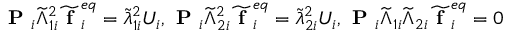
\textbf { P } _ { i } \widetilde { \Lambda } _ { 1 i } ^ { 2 } \widetilde { \textbf { f } } _ { i } ^ { e q } = \widetilde { \lambda } _ { 1 i } ^ { 2 } U _ { i } , \textbf { P } _ { i } \widetilde { \Lambda } _ { 2 i } ^ { 2 } \widetilde { \textbf { f } } _ { i } ^ { e q } = \widetilde { \lambda } _ { 2 i } ^ { 2 } U _ { i } , \textbf { P } _ { i } \widetilde { \Lambda } _ { 1 i } \widetilde { \Lambda } _ { 2 i } \widetilde { \textbf { f } } _ { i } ^ { e q } = 0